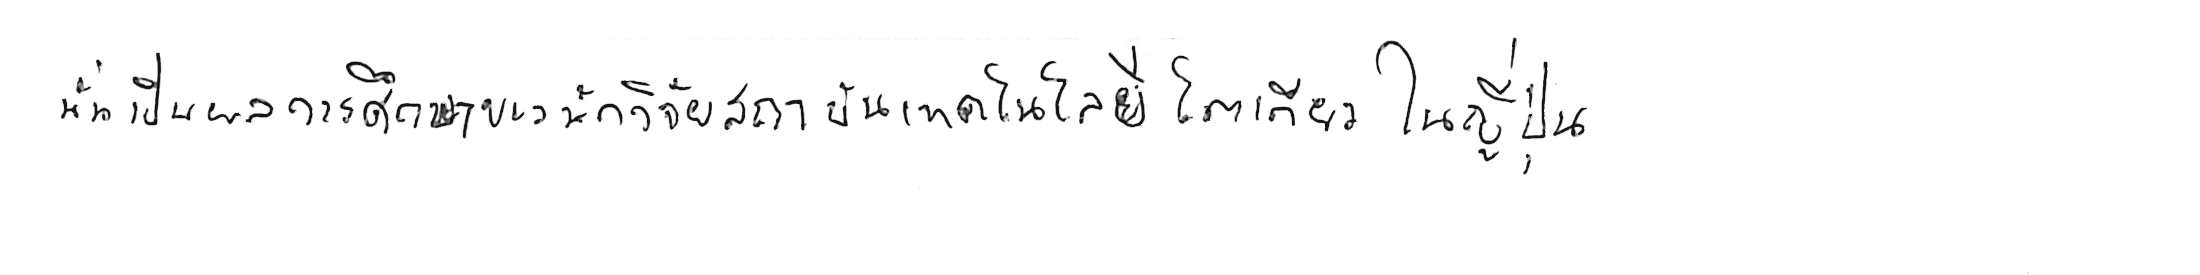
นั่นเป็นผลการศึกษาของนักวิจัยสถาบันเทคโนโลยีโตเกียว ในญี่ปุ่น